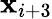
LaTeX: \mathbf{x}_{i+3}